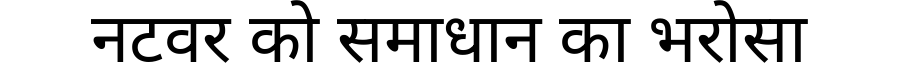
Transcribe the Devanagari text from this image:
नटवर को समाधान का भरोसा